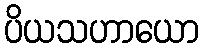
ပိယသဟာယော